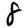
Digit: 8